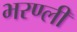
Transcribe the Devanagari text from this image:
भरण्ली